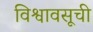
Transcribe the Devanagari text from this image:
विश्वावसूची